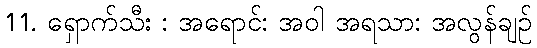
11. ရှောက်သီး : အရောင်: အဝါ အရသာ: အလွန်ချဉ်